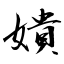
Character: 嬇